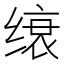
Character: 缞